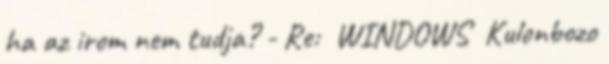
ha az irom nem tudja? - Re: WINDOWS Kulonbozo